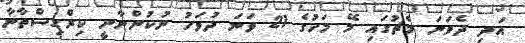
އަދި ދެވަނަ މެޗުގައި މޭ މަހުގެ 21 ވަނަ ދުވަހު ނުކުންނާނީ ކިރްގިސްތާނާ